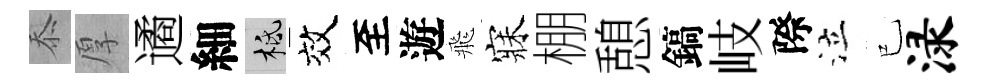
忝厚遹細柢效至遊飛寐棚憩鎬岐際泣已渌